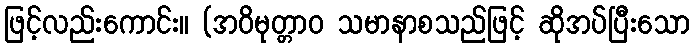
ဖြင့်လည်းကောင်း။ (အဝိမုတ္တာဝ သမာနာစသည်ဖြင့် ဆိုအပ်ပြီးသော